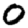
Digit: 0